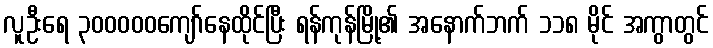
လူဦးရေ ၃၀၀၀၀၀ကျော်နေထိုင်ပြီး ရန်ကုန်မြို့၏ အနောက်ဘက် ၁၁၈ မိုင် အကွာတွင်